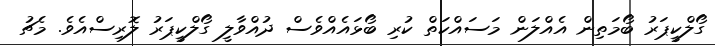
ގޯލްކީޕަރު ބޯމަތިން އެއްލަން މަސައްކަތް ކުރި ބޯޅައެއްވެސް ދުއްވާލީ ގޯލްކީޕަރު ލޮރިސްއެވެ. މެޗު